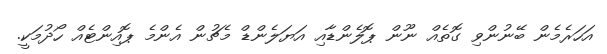
އަހަރެމެން ބޭނުންވި ގޮތެއް ނޫން ޕޮލެންޑާއި އަޔަލެންޑް މެޗުން އެންމެ ޕޮއިންޓެއް ހޯދުމަކީ.